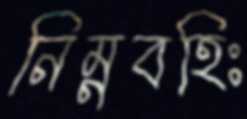
নিম্নবহিঃ